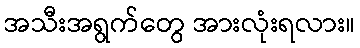
အသီးအရွက်တွေ အားလုံးရလား။